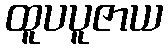
ထူပပူဇာယ